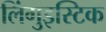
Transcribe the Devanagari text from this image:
लिंगुइस्टिक